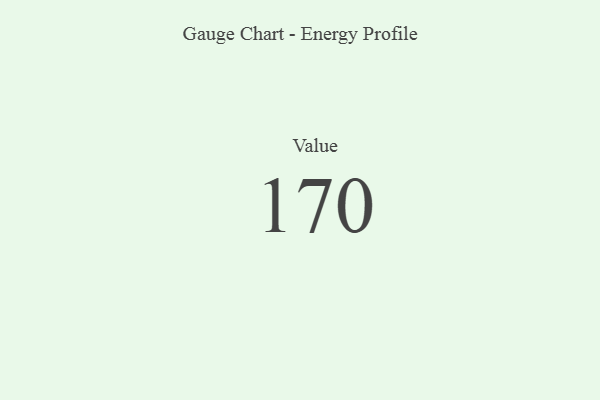
{"axis": {"x": "Metric", "y": "Value"}, "legend": [""], "data": [{"x": "Value", "y": 170, "type": ""}]}